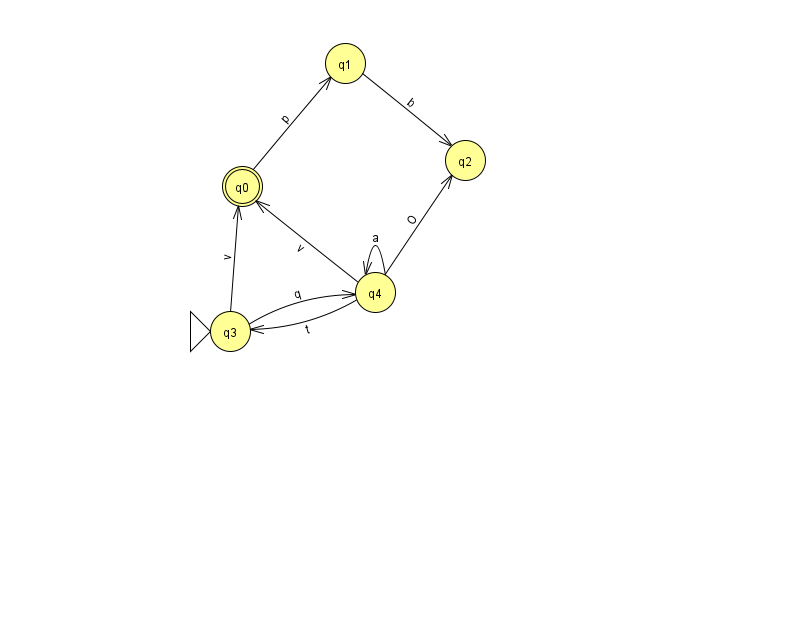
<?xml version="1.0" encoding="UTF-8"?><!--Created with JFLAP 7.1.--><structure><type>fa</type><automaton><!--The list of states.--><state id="0" name="q0"><x>242.0</x><y>173.0</y><final/></state><state id="1" name="q1"><x>345.0</x><y>50.0</y></state><state id="2" name="q2"><x>465.0</x><y>147.0</y></state><state id="3" name="q3"><x>230.0</x><y>318.0</y><initial/></state><state id="4" name="q4"><x>375.0</x><y>279.0</y></state><!--The list of transitions.--><transition><from>4</from><to>2</to><read>O</read></transition><transition><from>1</from><to>2</to><read>b</read></transition><transition><from>4</from><to>4</to><read>a</read></transition><transition><from>4</from><to>0</to><read>v</read></transition><transition><from>3</from><to>0</to><read>v</read></transition><transition><from>4</from><to>3</to><read>t</read></transition><transition><from>0</from><to>1</to><read>p</read></transition><transition><from>3</from><to>4</to><read>q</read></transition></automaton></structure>